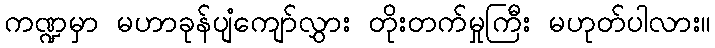
ကဏ္ဍမှာ မဟာခုန်ပျံကျော်လွှား တိုးတက်မှုကြီး မဟုတ်ပါလား။